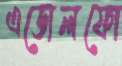
এডোলফো